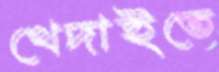
খেদাইতে